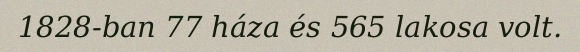
1828-ban 77 háza és 565 lakosa volt.